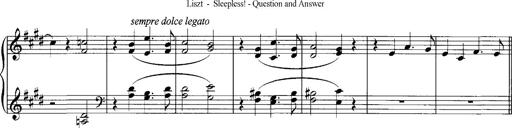
Title: Schlaflos! Frage und Antwort
Composer: Franz Liszt